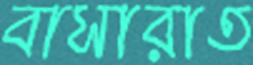
বাসারাত